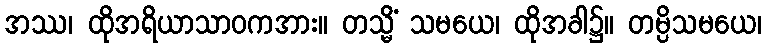
အဿ၊ ထိုအရိယာသာဝကအား။ တသ္မိံ သမယေ၊ ထိုအခါ၌။ တမ္ပိသမယေ၊